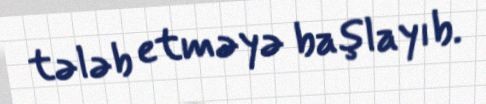
tələb etməyə başlayıb.